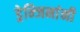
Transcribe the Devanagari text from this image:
ड्रेन्जिनांनी